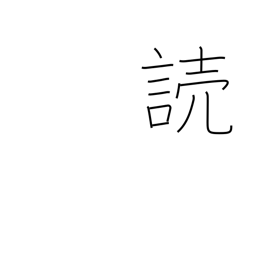
Meaning: read